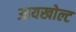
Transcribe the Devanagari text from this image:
आयखोल्ट